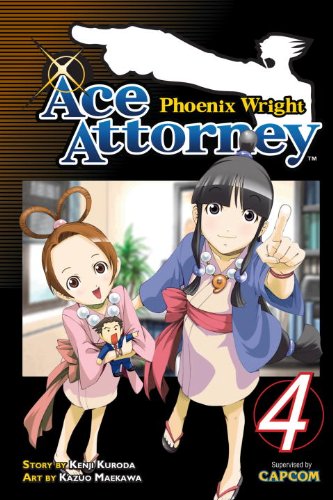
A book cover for Phoenix Wright: Ace Attorney 4; Kenji Kuroda; Comics & Graphic Novels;